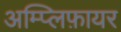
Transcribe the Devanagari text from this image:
अम्प्लिफ़ायर